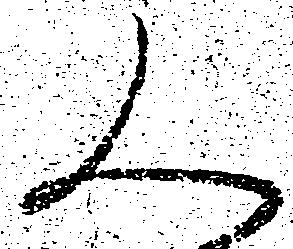
人